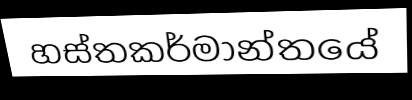
හස්තකර්මාන්තයේ